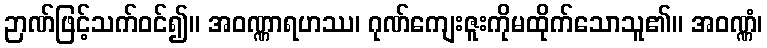
ဉာဏ်ဖြင့်သက်ဝင်၍။ အဝဏ္ဏာရဟဿ၊ ဂုဏ်ကျေးဇူးကိုမထိုက်သောသူ၏။ အဝဏ္ဏံ၊